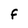
Character: F